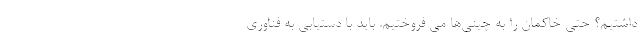
داشتیم؟ حتی خاکمان را به چینی‌ها می فروختیم. باید با دستیابی به فناوری